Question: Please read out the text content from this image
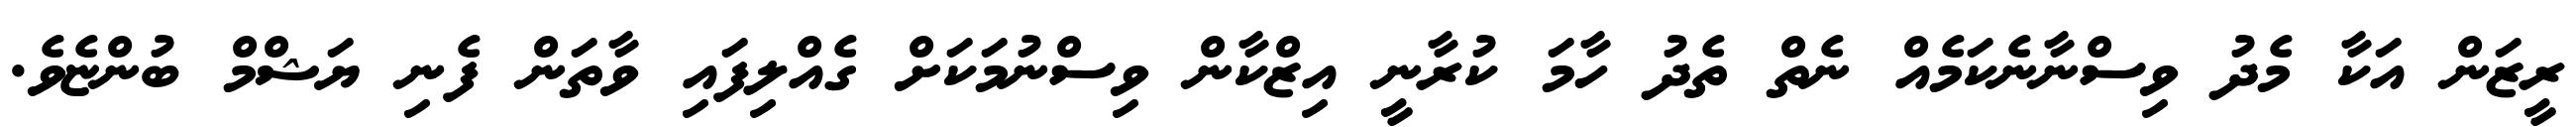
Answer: ރީޒަން އަކާ މެދު ވިސްނާނެކަމެއް ނެތް ތެދު ހާމަ ކުރާނީ އިޒްކާން ވިސްނުމަކަށް ގެއްލިފައި ވާތަން ފެނި ޔަޝްމް ބުންޏެވެ.